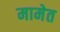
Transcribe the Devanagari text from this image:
मामेत